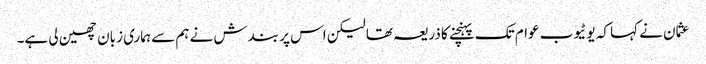
عثمان نے کہا کہ یوٹیوب عوام تک پہنچنے کا ذریعہ تھا لیکن اس پر بندش نے ہم سے ہماری زبان چھین لی ہے۔